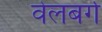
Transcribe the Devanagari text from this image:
वेलबर्ग